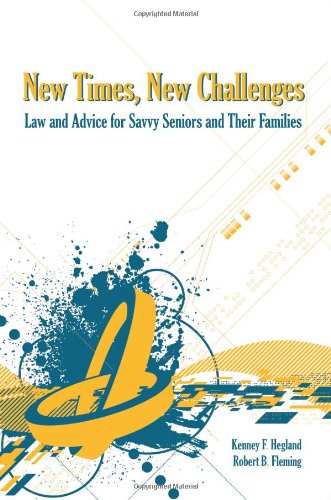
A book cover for New Times, New Challenges: Law and Advice for Savvy Seniors and Their Families; Kenney F. Hegland; Law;